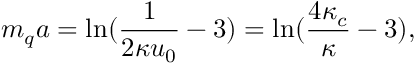
m _ { q } a = \ln ( \frac { 1 } { 2 \kappa u _ { 0 } } - 3 ) = \ln ( \frac { 4 \kappa _ { c } } { \kappa } - 3 ) ,